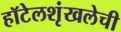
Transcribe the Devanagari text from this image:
हॉटेलशृंखलेची